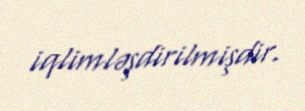
iqlimləşdirilmişdir.